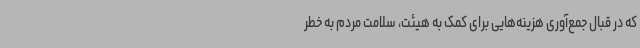
که در قبال جمع‌آوری هزینه‌هایی برای کمک به هیئت، سلامت مردم به خطر